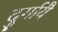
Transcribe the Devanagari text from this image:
दुर्गायै